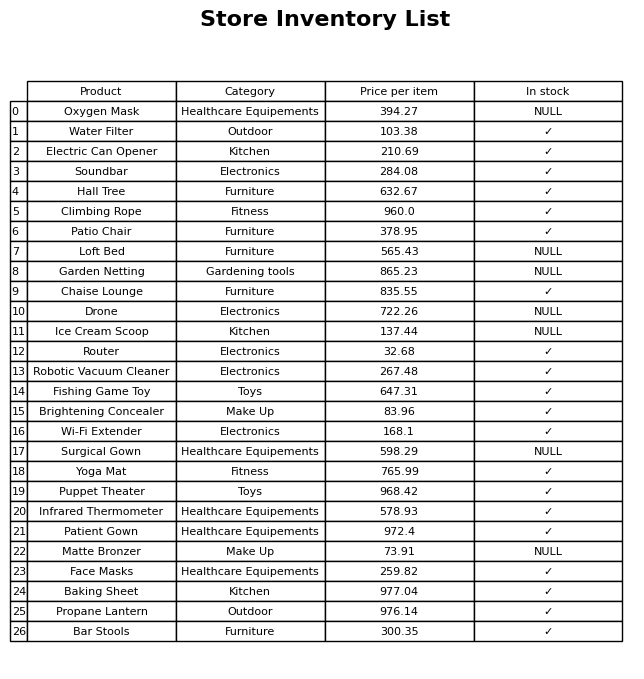
question: What is the price for Hall Tree?
answer: The price of Hall Tree is 632.67.